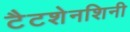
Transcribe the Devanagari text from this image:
टैटशेनशिनी